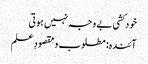
خودکشی بے وجہ نہیں ہوتی
آئندہ: مطلوب و مقصودِ علم